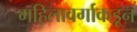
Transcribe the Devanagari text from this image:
महिलावर्गाकडून